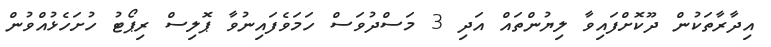
އިދާރާތަކުން ދޫކޮށްފައިވާ ލިޔުންތައް އަދި 3 މަސްދުވަސް ހަމަވެފައިނުވާ ޕޮލިސް ރިޕޯޓު ހުށަހެޅުއްވުން